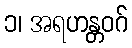
၁၊ အရဟန္တဝဂ်